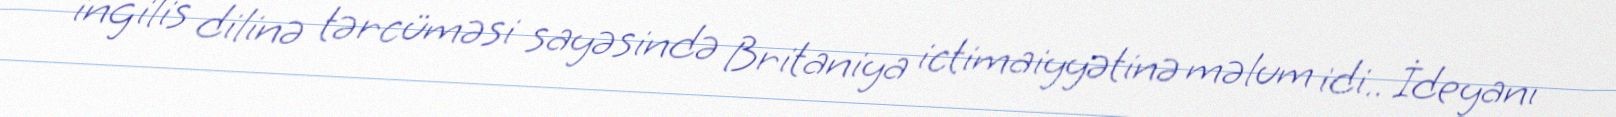
ingilis dilinə tərcüməsi sayəsində Britaniya ictimaiyyətinə məlum idi.. İdeyanı